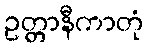
ဥတ္တာနီကာတုံ